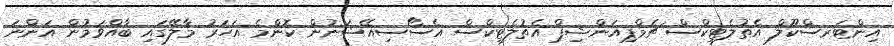
އިންޓަރސްކޫލް އެތުލެޓިކްސް ޗެމްޕިއަންޝިޕް އެތުލެޓިކްސް އެސޯސިއޭޝަނުން ކޮންމެ އަހަރު މާލޭގައި ބާއްވަމުން އަންނަ